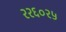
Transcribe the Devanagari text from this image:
२२६०२५